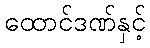
ထောင်ဒဏ်နှင့်